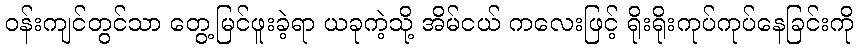
ဝန်းကျင်တွင်သာ တွေ့မြင်ဖူးခဲ့ရာ ယခုကဲ့သို့ အိမ်ငယ် ကလေးဖြင့် ရိုးရိုးကုပ်ကုပ်နေခြင်းကို